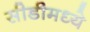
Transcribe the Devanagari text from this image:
सीडीमध्ये